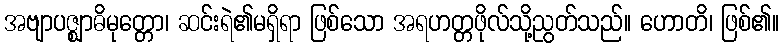
အဗျာပဇ္ဈာဓိမုတ္တော၊ ဆင်းရဲ၏မရှိရာ ဖြစ်သော အရဟတ္တဖိုလ်သို့ညွတ်သည်။ ဟောတိ၊ ဖြစ်၏။